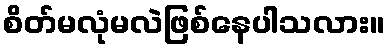
စိတ်မလုံမလဲဖြစ်နေပါသလား။